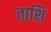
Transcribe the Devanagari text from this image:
ताशि